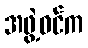
အဖွဲ့ဝင်က